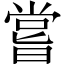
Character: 嘗